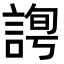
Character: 𧩛